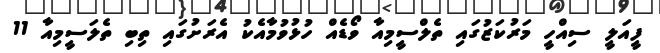
ފީއަލީ ސިއްހީ މަރުކަޒުގައި ތެލްސީމިއާ ވޯޑެއް ހުޅުވުމާއެކު އެރަށުގައި ތިބި ތެލަސީމިއާ 11